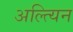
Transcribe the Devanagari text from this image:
अल्त्यिन